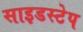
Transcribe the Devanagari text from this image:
साइडस्टेप